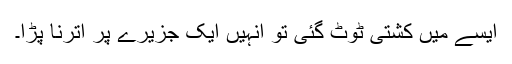
ایسے میں کشتی ٹوٹ گئی تو انہیں ایک جزیرے پر اترنا پڑا۔